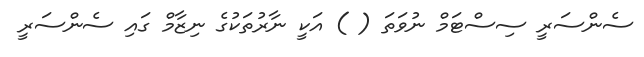
ސެންސަރީ ސިސްޓަމް ނުވަތަ ( ) އަކީ ނާރުތަކުގެ ނިޒާމް ގައި ސެންސަރީ